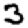
Digit: 3